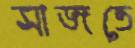
সাজতে